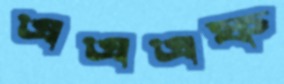
এএএফ